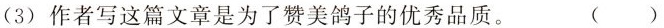
(3) 作者写这篇文章是为了赞美鸽子的优秀品质。 ( )